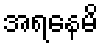
အရနေမိ